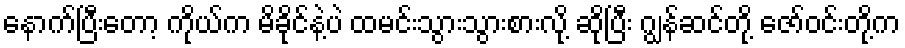
နောက်ပြီးတော့ ကိုယ်က မိခိုင်နဲ့ပဲ ထမင်းသွားသွားစားလို့ ဆိုပြီး ဂျွန်ဆင်တို့ ဇော်ဝင်းတို့က